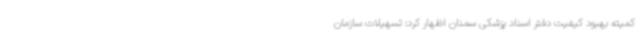
کمیته بهبود کیفیت دفتر اسناد پزشکی سمنان اظهار کرد: تسهیلات سازمان